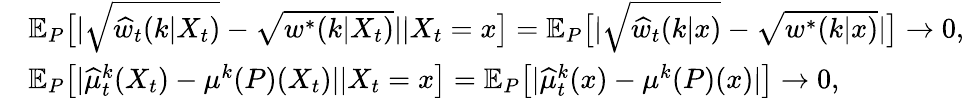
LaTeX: \begin{array}{rl}&{\mathbb{E}_{P}\big[|\sqrt{\widehat{w}_{t}(k|X_{t})}-\sqrt{w^{*}(k|X_{t})}||X_{t}=x\big]=\mathbb{E}_{P}\big[|\sqrt{\widehat{w}_{t}(k|x)}-\sqrt{w^{*}(k|x)}|\big]\to 0,}\\ &{\mathbb{E}_{P}\big[|\widehat{\mu}_{t}^{k}(X_{t})-\mu^{k}(P)(X_{t})||X_{t}=x\big]=\mathbb{E}_{P}\big[|\widehat{\mu}_{t}^{k}(x)-\mu^{k}(P)(x)|\big]\to 0,}\end{array}